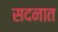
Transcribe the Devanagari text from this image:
सदनात